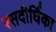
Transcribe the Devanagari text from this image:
रसदीर्घिका